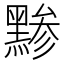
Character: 黪